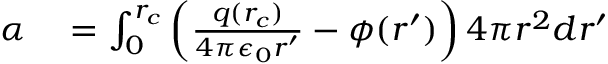
\begin{array} { r l } { \alpha } & { { } = \int _ { 0 } ^ { r _ { c } } \left( \frac { q ( r _ { c } ) } { 4 \pi \epsilon _ { 0 } r ^ { \prime } } - \phi ( r ^ { \prime } ) \right) 4 \pi r ^ { 2 } d r ^ { \prime } } \end{array}